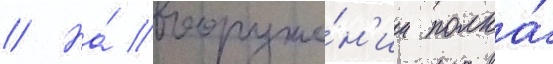
// На́ вооруже́н'ии полка́